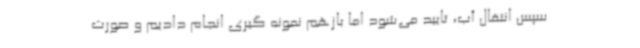
سپس انتقال آب، تایید می‌شود اما بازهم نمونه گیری انجام دادیم و صورت